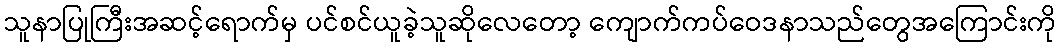
သူနာပြုကြီးအဆင့်ရောက်မှ ပင်စင်ယူခဲ့သူဆိုလေတော့ ကျောက်ကပ်ဝေဒနာသည်တွေအကြောင်းကို